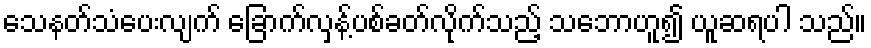
သေနတ်သံပေးလျက် ခြောက်လှန့်ပစ်ခတ်လိုက်သည့် သဘောဟူ၍ ယူဆရပါ သည်။